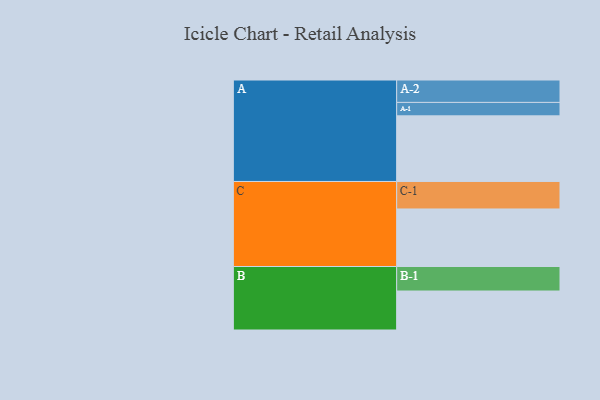
{"axis": {"x": "Segment", "y": "Value"}, "legend": ["", "A", "B", "C"], "data": [{"x": "A", "y": 527, "type": ""}, {"x": "B", "y": 313, "type": ""}, {"x": "C", "y": 462, "type": ""}, {"x": "A-1", "y": 108, "type": "A"}, {"x": "A-2", "y": 180, "type": "A"}, {"x": "B-1", "y": 197, "type": "B"}, {"x": "C-1", "y": 221, "type": "C"}]}